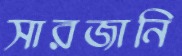
সারজানি